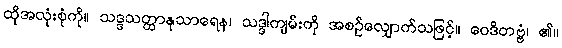
ထိုအလုံးစုံကို။ သဒ္ဒသတ္ထာနုသာရေန၊ သဒ္ဒါကျမ်းကို အစဉ်လျှောက်သဖြင့်။ ဝေဒိတဗ္ဗံ၊ ၏။